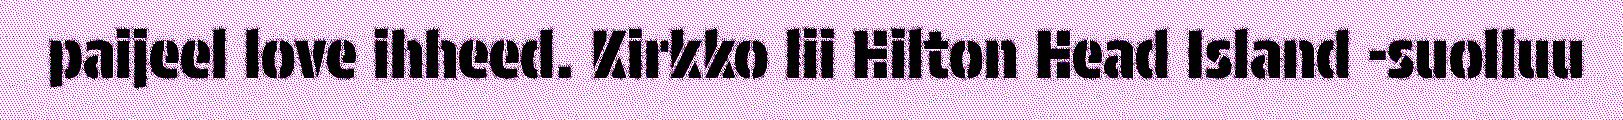
paijeel love ihheed. Kirkko lii Hilton Head Island -suolluu